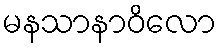
မနသာနာဝိလော